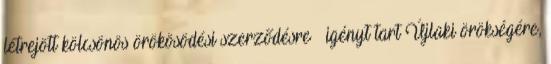
létrejött kölcsönös örökösödési szerződésre – igényt tart Újlaki örökségére,